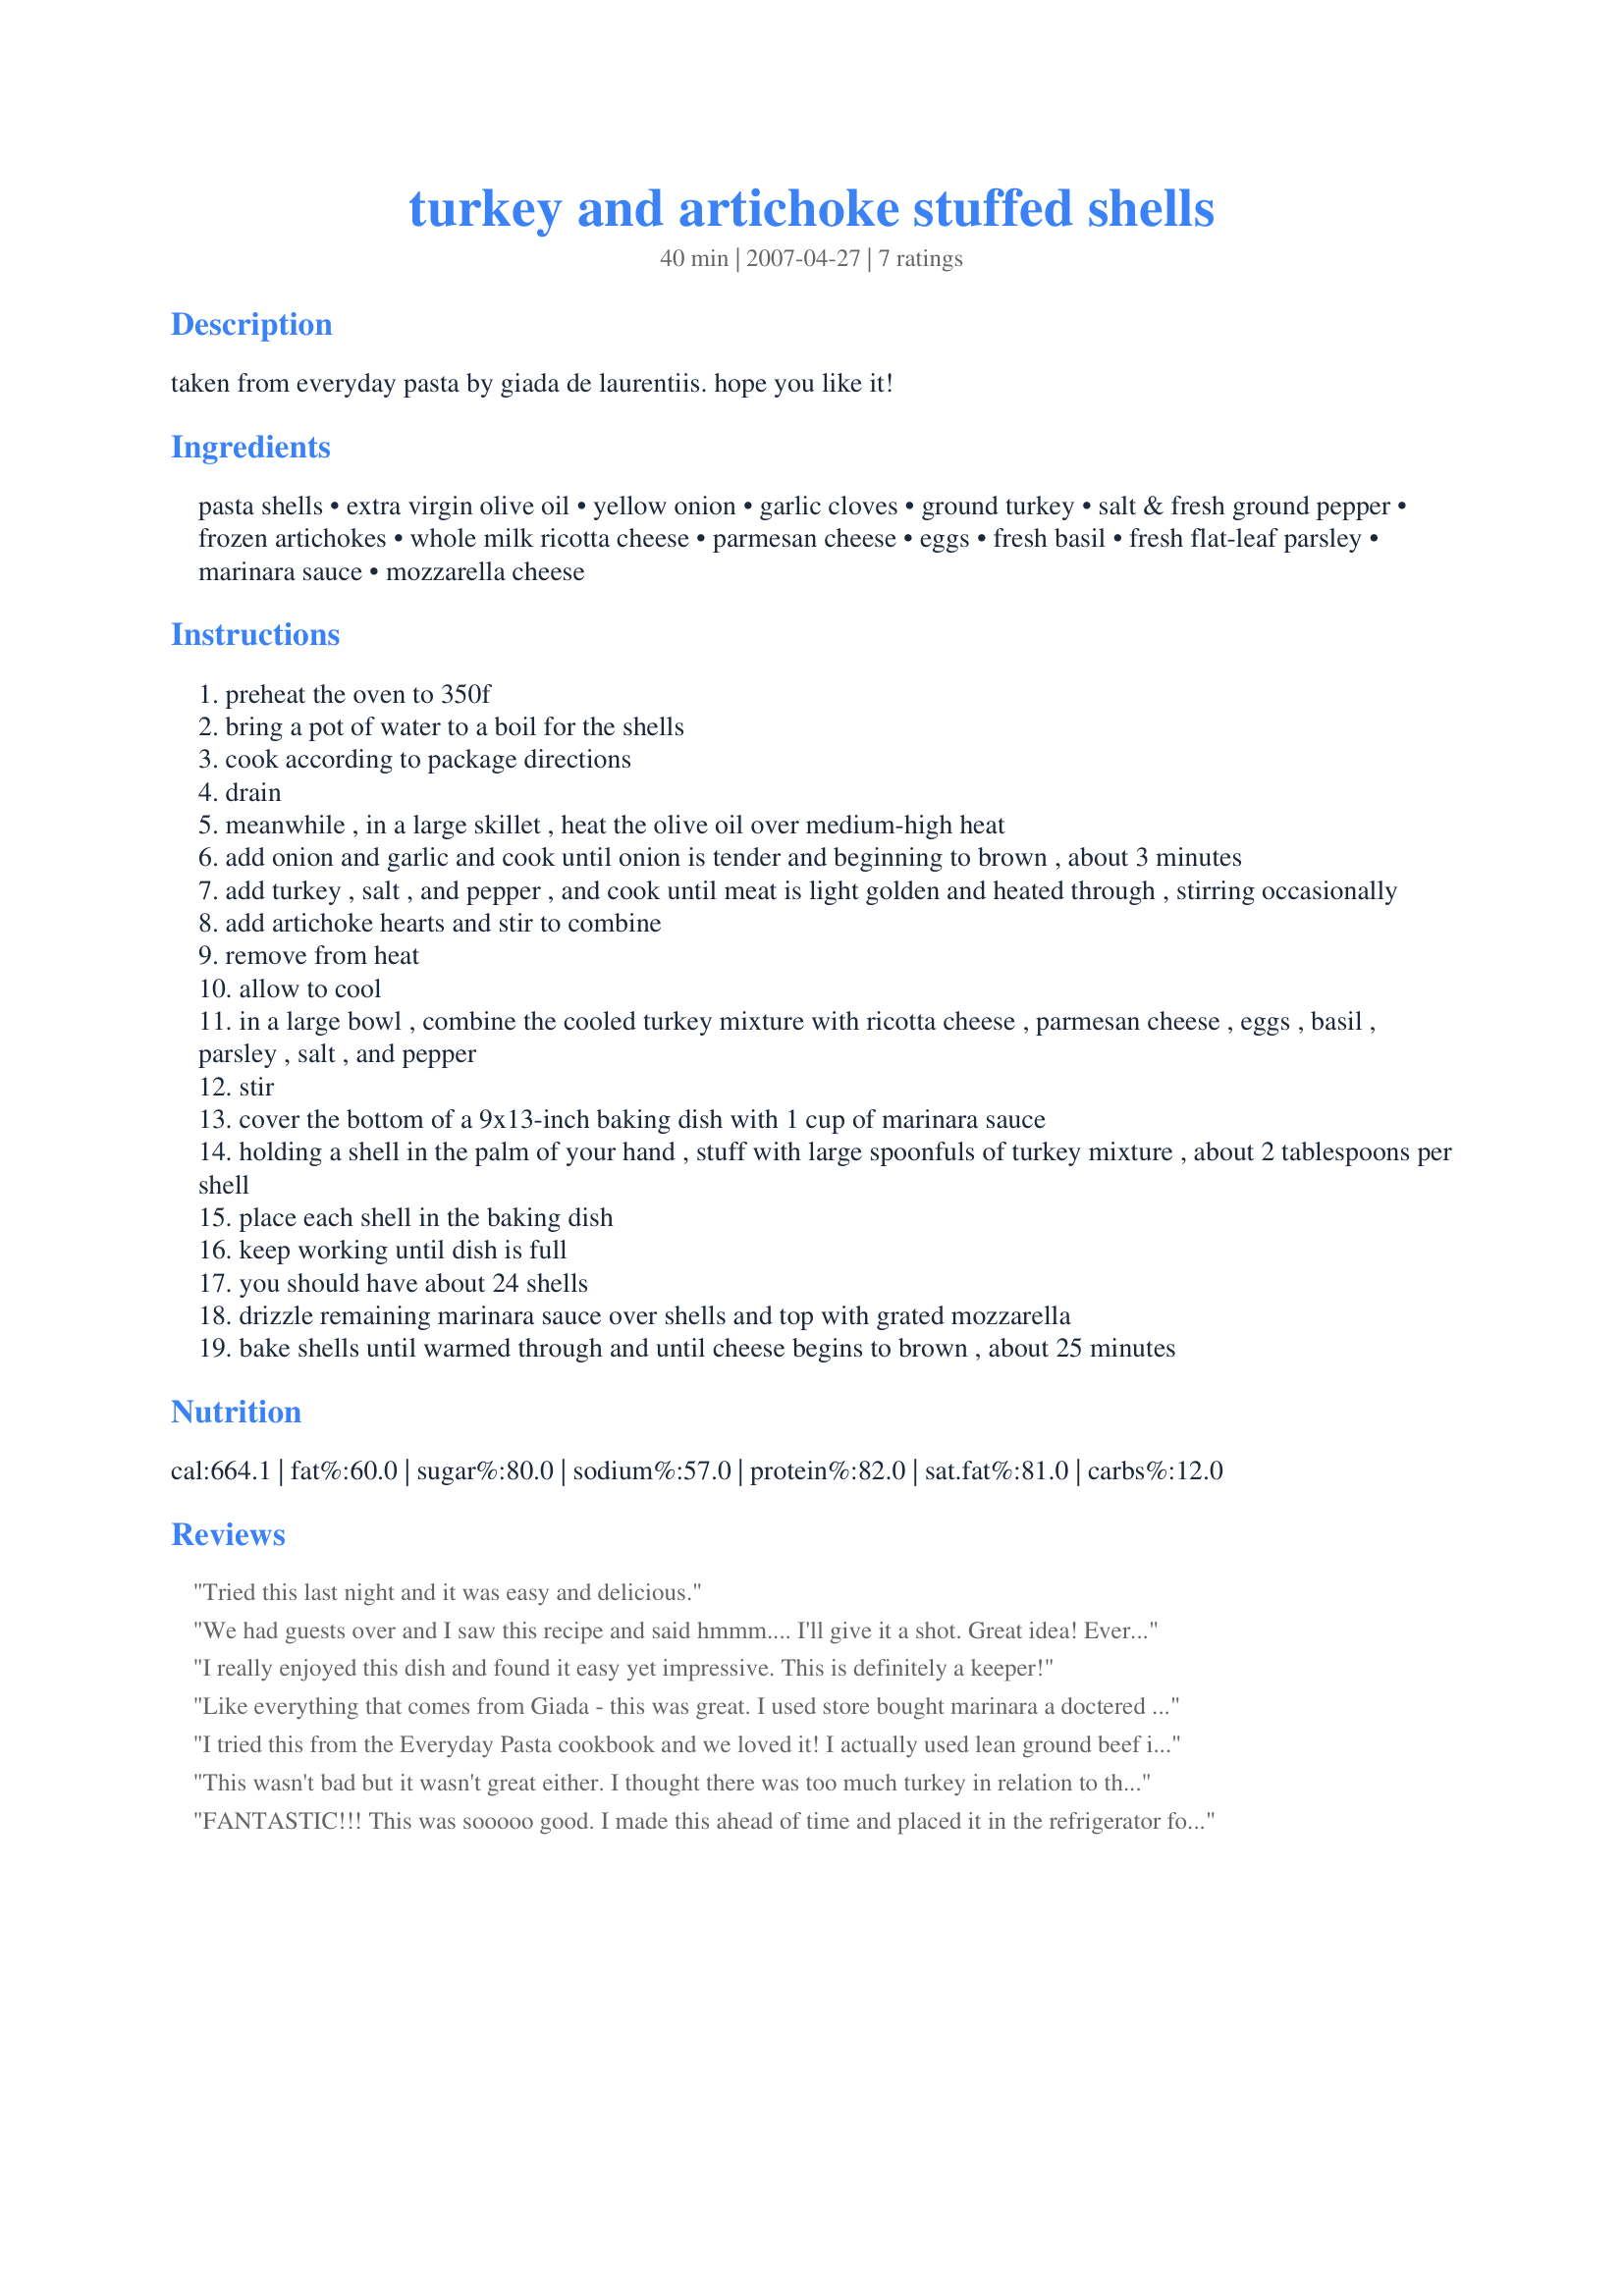
turkey and artichoke stuffed shells
Preparation time: 40 minutes

taken from everyday pasta by giada de laurentiis. hope you like it!

Ingredients:
pasta shells, extra virgin olive oil, yellow onion, garlic cloves, ground turkey, salt & fresh ground pepper, frozen artichokes, whole milk ricotta cheese, parmesan cheese, eggs, fresh basil, fresh flat-leaf parsley, marinara sauce, mozzarella cheese

Steps:
preheat the oven to 350f
bring a pot of water to a boil for the shells
cook according to package directions
drain
meanwhile , in a large skillet , heat the olive oil over medium-high heat
add onion and garlic and cook until onion is tender and beginning to brown , about 3 minutes
add turkey , salt , and pepper , and cook until meat is light golden and heated through , stirring occasionally
add artichoke hearts and stir to combine
remove from heat
allow to cool
in a large bowl , combine the cooled turkey mixture with ricotta cheese , parmesan cheese , eggs , basil , parsley , salt , and pepper
stir
cover the bottom of a 9x13-inch baking dish with 1 cup of marinara sauce
holding a shell in the palm of your hand , stuff with large spoonfuls of turkey mixture , about 2 tablespoons per shell
place each shell in the baking dish
keep working until dish is full
you should have about 24 shells
drizzle remaining marinara sauce over shells and top with grated mozzarella
bake shells until warmed through and until cheese begins to brown , about 25 minutes

Reviews:
Tried this last night and it was easy and delicious.
We had guests over and I saw this recipe and said hmmm.... I'll give it a shot. Great idea! Everyone loved it. I had extras and it was a hit with the neighbors. Everything turned out great. Only thing I did different was I got mozzarella crazy. Hehe, I love cheese. I will definitely make this again!
I really enjoyed this dish and found it easy yet impressive. This is definitely a keeper!
Like everything that comes from Giada - this was great. I used store bought marinara a doctered it up with some pancetta and crushed red pepper - which added a nice heat to the dish. My DH said he didn't like it - he LOVED it! Enjoy
I tried this from the Everyday Pasta cookbook and we loved it! I actually used lean ground beef instead of ground turkey but other than that followed the recipe exactly.
This is a delicious, quick, impressive and tasty dish! Another Giada hit.
This wasn't bad but it wasn't great either. I thought there was too much turkey in relation to the ricotta. Also required a lot of chopping and stuffing. It took me much longer than 40 minutes to make. I wouldn't make it again.
FANTASTIC!!! This was sooooo good. I made this ahead of time and placed it in the refrigerator for a couple of hours until I was ready to bake it. I used part skim ricotta and subbed 1/2 cup egg whites for eggs since that's what I had on hand. It worked perfectly and my boyfriend raved about it for several days :-)
